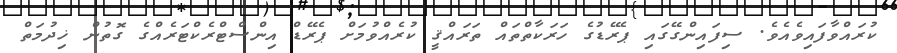
ކުރައްވާފައިވެއެވެ. ސިފައިންގޭގައި ޕެރޭޑުގެ ހަރަކާތްތައް ތަރައްޤީ ކުރެއްވުމަށް ޕެރޭޑް އިންސްޓްރެކްޓަރެއްގެ ގޮތުން ޚިދުމަތް